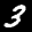
Label: 3